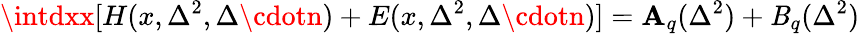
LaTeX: \intdxx[H(x,\Delta^{2},\Delta\cdotn)+E(x,\Delta^{2},\Delta\cdotn)]=\mathbf{A}_{q}(\Delta^{2})+\mathit{B}_{q}(\Delta^{2})